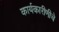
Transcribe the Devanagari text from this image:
कार्यकारीणीचे